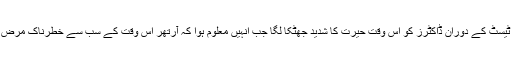
دوسری سرجری میں خون کے نمونوں کے ٹیسٹ کے دوران ڈاکٹرز کو اس وقت حیرت کا شدید جھٹکا لگا جب انہیں معلوم ہوا کہ آرتھر اس وقت کے سب سے خطرناک مرض ایڈز یعنی ایچ آئی وی (HIV)میں مبتلا ہے ۔